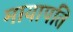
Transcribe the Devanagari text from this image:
मायापति